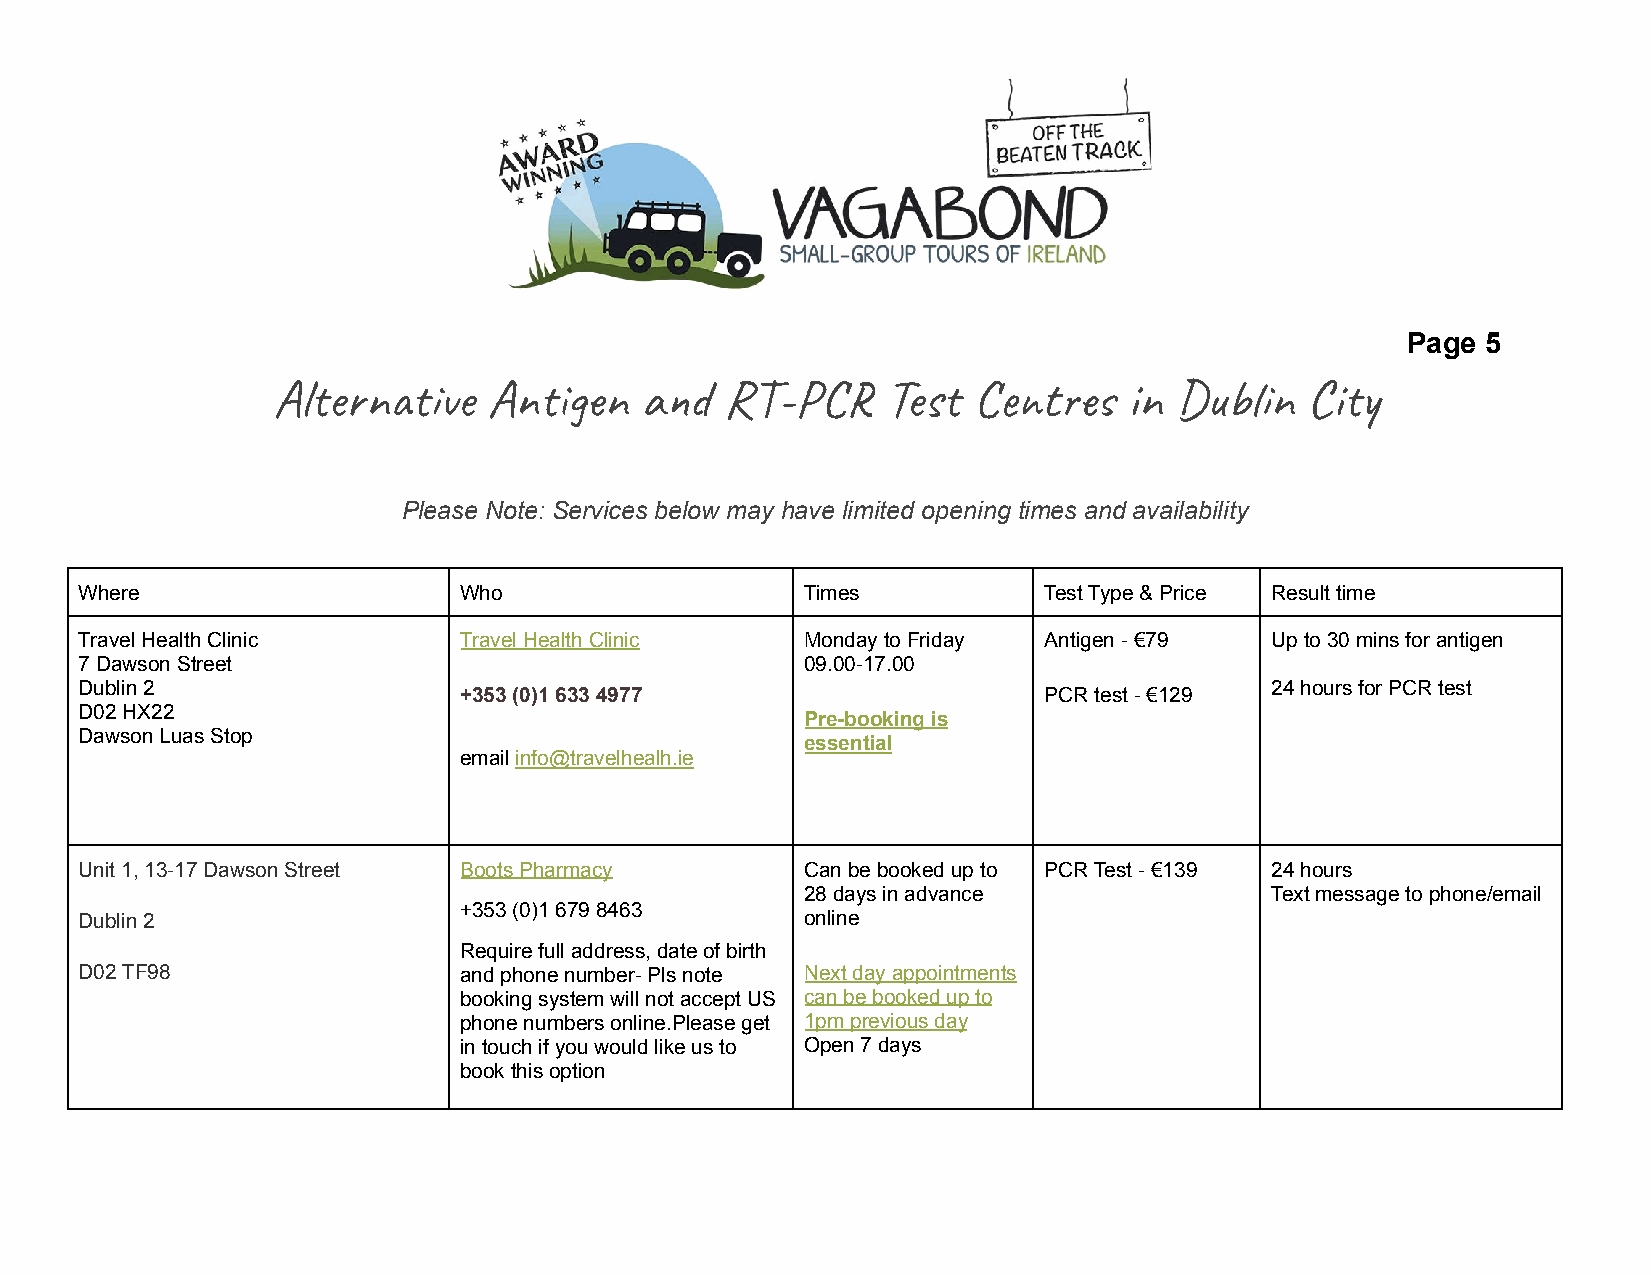
Page 5
 Alene   Ann   a   R-P     Tes t    in Dn  Ci
 Please Note: Services below may have limited opening times and availability
 Where                    Who                    Times           Test Type & Price Result time
 Travel Health Clinic     Travel Health Clinic   Monday to Friday Antigen - €79 Up to 30 mins for antigen
 7 Dawson Street                                 09.00-17.00
 Dublin 2                                                                       24 hours for PCR test
 +353 (0)1 633 4977                     PCR test - €129
 D02 HX22
 Pre-booking is
 Dawson Luas Stop
 essential
 emailinfo@travelhealh.ie
 Unit 1, 13-17 Dawson Street Boots Pharmacy      Can be booked up to PCR Test -€139 24 hours
 28 days in advance             Text message to phone/email
 +353 (0)1 679 8463
 Dublin 2                                        online
 Require full address, date of birth
 D02 TF98                 and phone number- Pls note Next day appointments
 booking system will not accept US can be booked up to
 phone numbers online.Please get 1pm previous day
 in touch if you would like us to Open 7 days
 book this option